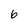
Character: 6